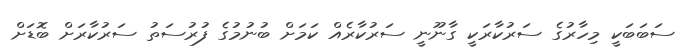
ސަބަބަކީ މިހާރުގެ ސަރުކާރަކީ ގާނޫނީ ސަރުކާރެއް ކަމަށް ބުނުމުގެ ފުރުސަތު ސަރުކާރަށް ބޮޑަށް